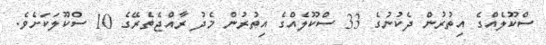
ސްކޫލެއްގެ އިތުރުން ދެކުނުގެ 33 ސްކޫލެއްގެ އިތުރުން މެދު ރާއްޖެތެރޭގެ 10 ސްކޫލަކަށެވެ.